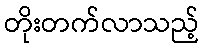
တိုးတက်လာသည့်